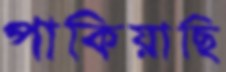
পাকিয়াছি